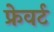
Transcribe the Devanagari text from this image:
फ्रेवर्ट